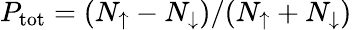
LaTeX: P_{\mathrm{{tot}}}=(N_{\uparrow}-N_{\downarrow})/(N_{\uparrow}+N_{\downarrow})